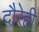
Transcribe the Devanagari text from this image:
दौरेही